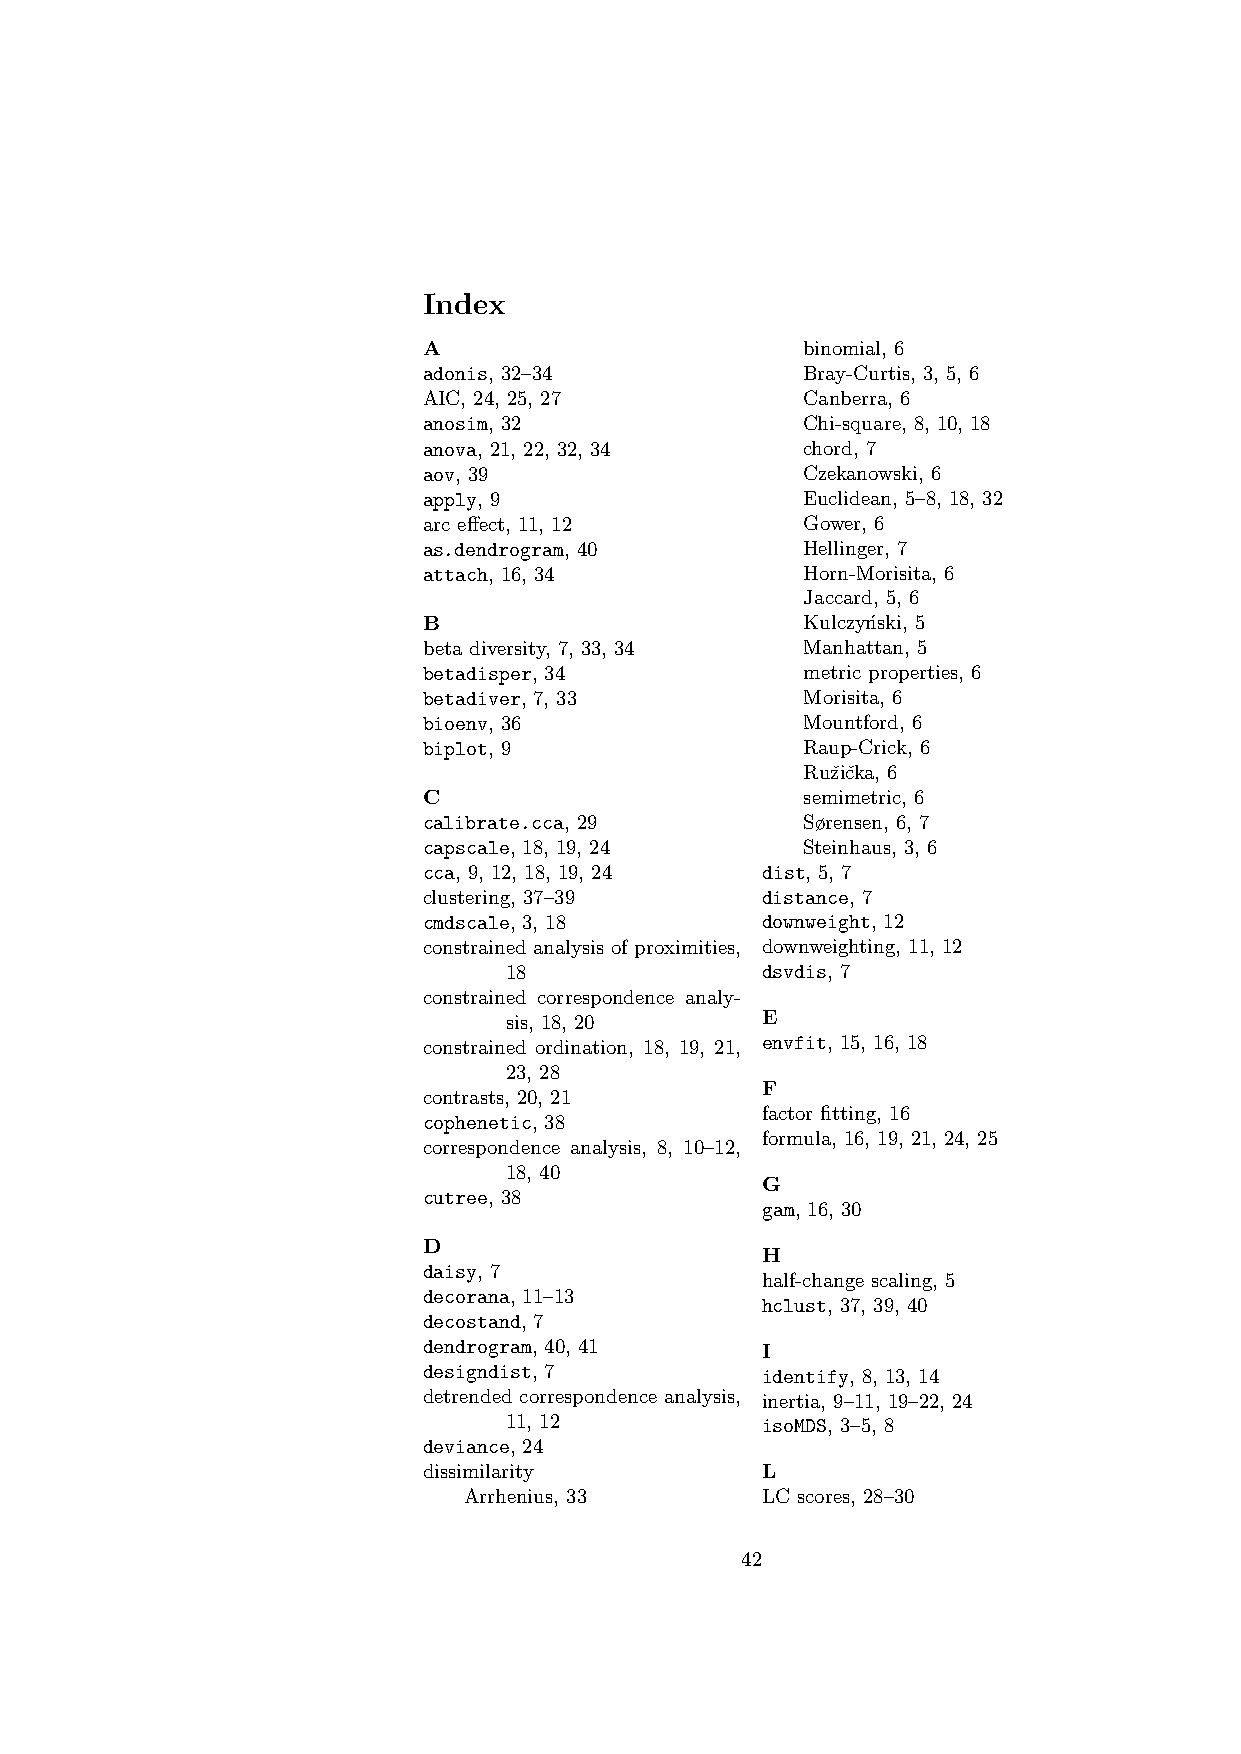
Index
 A                        binomial, 6
 adonis, 32–34            Bray-Curtis, 3, 5, 6
 AIC, 24, 25, 27          Canberra, 6
 anosim, 32               Chi-square, 8, 10, 18
 anova, 21, 22, 32, 34    chord, 7
 aov, 39                  Czekanowski, 6
 apply, 9                 Euclidean, 5–8, 18, 32
 arc effect, 11, 12       Gower, 6
 as.dendrogram, 40        Hellinger, 7
 attach, 16, 34           Horn-Morisita, 6
 Jaccard, 5, 6
 B                        Kulczyn´ski, 5
 beta diversity, 7, 33, 34 Manhattan, 5
 betadisper, 34           metric properties, 6
 betadiver, 7, 33         Morisita, 6
 bioenv, 36               Mountford, 6
 biplot, 9                Raup-Crick, 6
 Ruˇziˇcka, 6
 C                        semimetric, 6
 calibrate.cca, 29        Sørensen, 6, 7
 capscale, 18, 19, 24     Steinhaus, 3, 6
 cca, 9, 12, 18, 19, 24 dist, 5, 7
 clustering, 37–39     distance, 7
 cmdscale, 3, 18       downweight, 12
 constrained analysis of proximities, downweighting, 11, 12
 18               dsvdis, 7
 constrained correspondence analy-
 sis, 18, 20      E
 constrained ordination, 18, 19, 21, envfit, 15, 16, 18
 23, 28
 F
 contrasts, 20, 21
 factor fitting, 16
 cophenetic, 38
 formula, 16, 19, 21, 24, 25
 correspondence analysis, 8, 10–12,
 18, 40
 G
 cutree, 38
 gam, 16, 30
 D
 H
 daisy, 7
 half-change scaling, 5
 decorana, 11–13
 hclust, 37, 39, 40
 decostand, 7
 dendrogram, 40, 41    I
 designdist, 7         identify, 8, 13, 14
 detrended correspondence analysis, inertia, 9–11, 19–22, 24
 11, 12           isoMDS, 3–5, 8
 deviance, 24
 dissimilarity         L
 Arrhenius, 33      LC scores, 28–30
 42